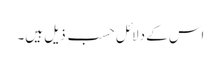
اس کے دلائل حسب ِ ذیل ہیں۔